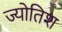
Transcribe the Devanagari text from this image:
ज्योतिश